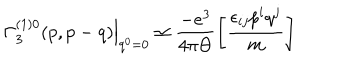
\left. \Gamma _ { 3 } ^ { ( 1 ) 0 } ( p , p - q ) \right| _ { q ^ { 0 } = 0 } \simeq \frac { - e ^ { 3 } } { 4 \pi \Theta } \left[ \frac { \epsilon _ { i j } p ^ { i } q ^ { j } } m \right]